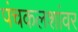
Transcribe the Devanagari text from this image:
पंचकलशांवर